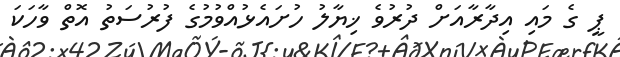
ޕީ ގެ މައި އިދާރާއަށް ދުރުވެ ޚިޔާލު ހުށައެޅުއްވުމުގެ ފުރުސަތު އޮތް ވާހަކަ